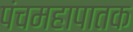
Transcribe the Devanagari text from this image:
पंचमहापातक